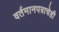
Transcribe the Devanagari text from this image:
वर्तमानपत्राचेही